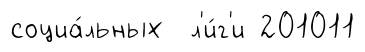
социа́льных л'и́г'и 201011